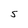
Character: S